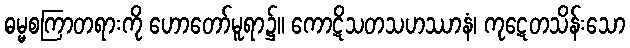
ဓမ္မစကြာတရားကို ဟောတော်မူရာ၌။ ကောဋိသတသဟဿာနံ၊ ကုဋေတသိန်းသော